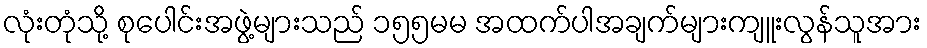
လုံးတုံသို့ စုပေါင်းအဖွဲ့များသည် ၁၅၅မမ အထက်ပါအချက်များကျူးလွန်သူအား